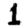
Digit: 1